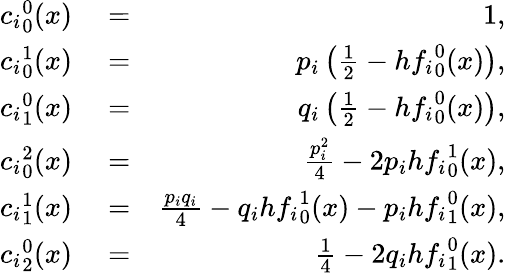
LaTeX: \begin{array}{rlr}{{c_{i}}_{0}^{0}(x)}&{{}=}&{1,}\\ {{c_{i}}_{0}^{1}(x)}&{{}=}&{p_{i}\left(\frac{1}{2}-h{f_{i}}_{0}^{0}(x)\right),}\\ {{c_{i}}_{1}^{0}(x)}&{{}=}&{q_{i}\left(\frac{1}{2}-h{f_{i}}_{0}^{0}(x)\right),}\\ {{c_{i}}_{0}^{2}(x)}&{{}=}&{\frac{p_{i}^{2}}{4}-2p_{i}h{f_{i}}_{0}^{1}(x),}\\ {{c_{i}}_{1}^{1}(x)}&{{}=}&{\frac{p_{i}q_{i}}{4}-q_{i}h{f_{i}}_{0}^{1}(x)-p_{i}h{f_{i}}_{1}^{0}(x),}\\ {{c_{i}}_{2}^{0}(x)}&{{}=}&{\frac{1}{4}-2q_{i}h{f_{i}}_{1}^{0}(x).}\end{array}